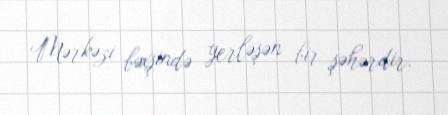
Mərkəzi bəxşində yerləşən bir şəhərdir.